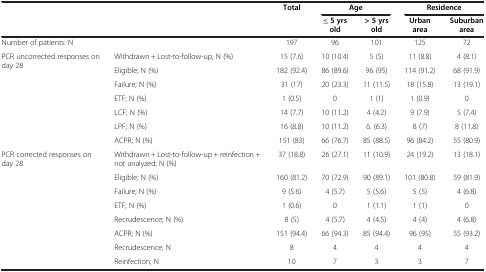
<table><thead><tr><td colspan="2"><b> </b></td><td><b>Total</b></td><td colspan="2"><b>Age</b></td><td colspan="2"><b>Residence</b></td></tr><tr><td colspan="2"><b> </b></td><td><b> </b></td><td><b>≤ 5 yrs old</b></td><td><b>&gt; 5 yrs old</b></td><td><b>Urban area</b></td><td><b>Suburban area</b></td></tr></thead><tbody><tr><td colspan="2">Number of patients: N</td><td>197</td><td>96</td><td>101</td><td>125</td><td>72</td></tr><tr><td rowspan="7">PCR uncorrected responses on day 28</td><td>Withdrawn + Lost-to-follow-up, N (%)</td><td>15 (7.6)</td><td>10 (10.4)</td><td>5 (5)</td><td>11 (8.8)</td><td>4 (8.1)</td></tr><tr><td>Eligible; N (%)</td><td>182 (92.4)</td><td>86 (89.6)</td><td>96 (95)</td><td>114 (91.2)</td><td>68 (91.9)</td></tr><tr><td>Failure; N (%)</td><td>31 (17)</td><td>20 (23.3)</td><td>11 (11.5)</td><td>18 (15.8)</td><td>13 (19.1)</td></tr><tr><td>ETF; N (%)</td><td>1 (0.5)</td><td>0</td><td>1 (1)</td><td>1 (0.9)</td><td>0</td></tr><tr><td>LCF; N (%)</td><td>14 (7.7)</td><td>10 (11.2)</td><td>4 (4.2)</td><td>9 (7.9)</td><td>5 (7.4)</td></tr><tr><td>LPF; N (%)</td><td>16 (8.8)</td><td>10 (11.2)</td><td>6. (6.3)</td><td>8 (7)</td><td>8 (11.8)</td></tr><tr><td>ACPR; N (%)</td><td>151 (83)</td><td>66 (76.7)</td><td>85 (88.5)</td><td>96 (84.2)</td><td>55 (80.9)</td></tr><tr><td rowspan="7">PCR corrected responses on day 28</td><td>Withdrawn + Lost-to-follow-up + reinfection + not analyzed; N (%)</td><td>37 (18.8)</td><td>26 (27.1)</td><td>11 (10.9)</td><td>24 (19.2)</td><td>13 (18.1)</td></tr><tr><td>Eligible; N (%)</td><td>160 (81.2)</td><td>70 (72.9)</td><td>90 (89.1)</td><td>101 (80.8)</td><td>59 (81.9)</td></tr><tr><td>Failure; N (%)</td><td>9 (5.6)</td><td>4 (5.7)</td><td>5 (5.6)</td><td>5 (5)</td><td>4 (6.8)</td></tr><tr><td>ETF; N (%)</td><td>1 (0.6)</td><td>0</td><td>1 (1.1)</td><td>1 (1)</td><td>0</td></tr><tr><td>Recrudescence; N (%)</td><td>8 (5)</td><td>4 (5.7)</td><td>4 (4.5)</td><td>4 (4)</td><td>4 (6.8)</td></tr><tr><td>ACPR; N (%)</td><td>151 (94.4)</td><td>66 (94.3)</td><td>85 (94.4)</td><td>96 (95)</td><td>55 (93.2)</td></tr><tr><td>Recrudescence; N</td><td>8</td><td>4</td><td>4</td><td>4</td><td>4</td></tr><tr><td> </td><td>Reinfection; N</td><td>10</td><td>7</td><td>3</td><td>3</td><td>7</td></tr></tbody></table>